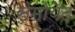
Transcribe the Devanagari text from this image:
सैमोयेद